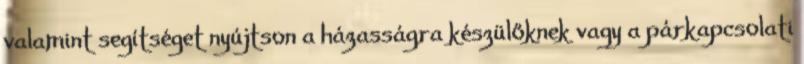
valamint segítséget nyújtson a házasságra készülőknek vagy a párkapcsolati